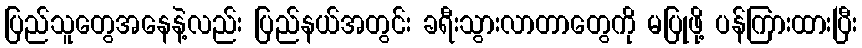
ပြည်သူတွေအနေနဲ့လည်း ပြည်နယ်အတွင်း ခရီးသွားလာတာတွေကို မပြုဖို့ ပန်ကြားထားပြီး